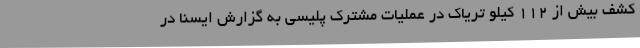
کشف بیش از 112 کیلو تریاک در عملیات مشترک پلیسی به گزارش ایسنا در